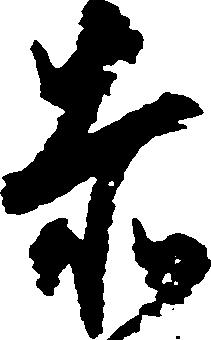
赤